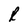
Character: R